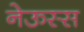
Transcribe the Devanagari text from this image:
नेऊस्स